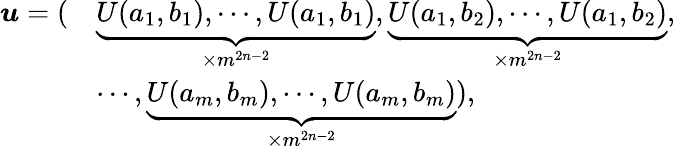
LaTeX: \begin{array}{rl}{\boldsymbol{u}=(}&{\underbrace{U(a_{1},b_{1}),\cdots,U(a_{1},b_{1})}_{\times m^{2n-2}},\underbrace{U(a_{1},b_{2}),\cdots,U(a_{1},b_{2})}_{\times m^{2n-2}},}\\ &{\cdots,\underbrace{U(a_{m},b_{m}),\cdots,U(a_{m},b_{m})}_{\times m^{2n-2}}),}\end{array}